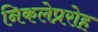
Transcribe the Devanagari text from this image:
निकलेप्ररोह